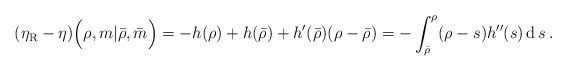
\begin{align*} (\eta_{\mathrm{R}} - \eta) \Big( \rho, { m} | \bar \rho, \bar m \Big) = -h(\rho) + h(\bar \rho) + h'(\bar \rho)( \rho-\bar \rho) = - \int_{\bar \rho}^{\rho} ( \rho- s) h''(s)\operatorname{d} s\, . \end{align*}